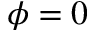
\phi = 0